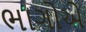
ભાગોએ